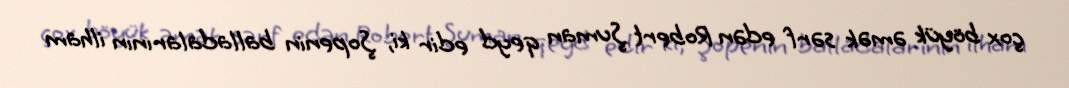
çox böyük əmək sərf edən Robert Şuman qeyd edir ki, Şopenin balladalarının ilham